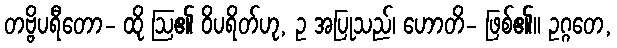
တဗ္ဗိပရီတော- ထို ဩ၏ ဝိပရိတ်ဟု, ဥ အပြုသည်၊ ဟောတိ- ဖြစ်၏။ ဥဂ္ဂတေ,